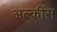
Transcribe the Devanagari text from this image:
अल्कींस